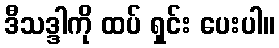
ဒီသဒ္ဒါကို ထပ် ရှင်း ပေးပါ။